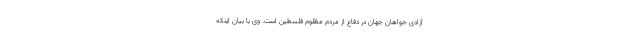
آزادی خواهان جهان در دفاع از مردم مظلوم فلسطین است. وی با بیان اینکه